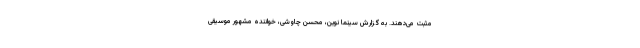
مثبت می‌دهند. به گزارش سینما نوین، محسن چاوشی، خواننده مشهور موسیقی